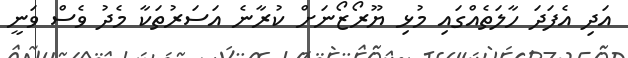
އަދި އެފަދަ ހާލަތެއްގައި މުޅި ޔޫރޯޒޯނަށް ކުރާނެ އަސަރުތަކާ މެދު ވެސް ވަނީ